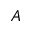
A